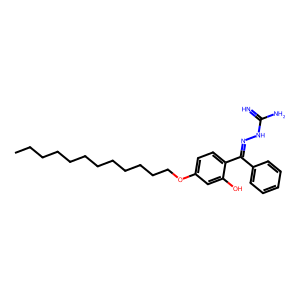
SMILES: CCCCCCCCCCCCOc1ccc(C(=NNC(=N)N)c2ccccc2)c(O)c1
Inhibits HIV replication: No